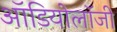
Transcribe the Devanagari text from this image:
ऑडियोलॉजी